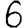
Digit: 6